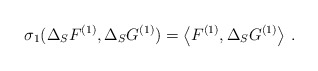
\begin{align*}\sigma_1(\Delta_S F^{(1)},\Delta_S G^{(1)})=\left< F^{(1)},\Delta_S G^{(1)}\right>\,.\end{align*}